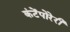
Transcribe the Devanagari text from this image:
कंटेंपोरेरी